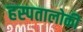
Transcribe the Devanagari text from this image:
हस्पतालोकी